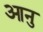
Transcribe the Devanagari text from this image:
आनु